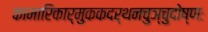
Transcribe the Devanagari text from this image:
कामारिकार्मुककदर्थनचुञ्चुदोष्णः